Vaccination in Burma 1920-1933 - 1920-1933
Year: 1920
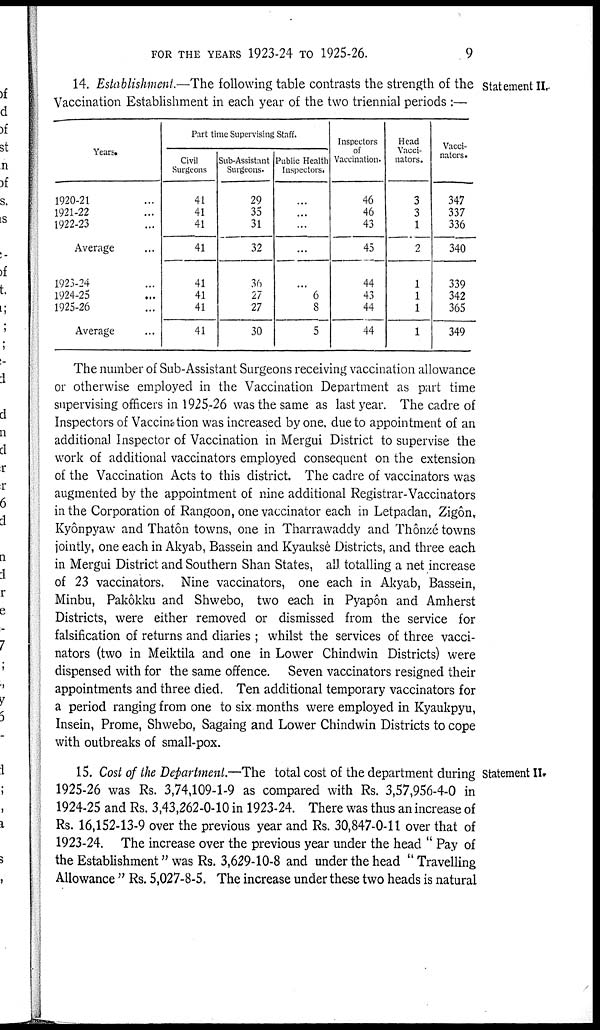
FOR THE YEARS 1923-24 TO 1925-26.
9
14. Establishment.—The following table contrasts the strength of the Statement II.
Vaccination Establishment in each year of the two triennial periods :—
Years.
1920-21...
1921-22...
1922-23...
Average...
1923-24...
1924-25...
1925-26...
Average...
Part time Supervising Staff.
Civil
Surgeons
41
41
41
41
41
41
41
41
Sub-Assistant
Surgeons.
29
35
31
32
36
27
27
30
Public Health
Inspectors.
...
...
...
...
...
6
8
5
Inspectors
of
Vaccination.
46
46
43
45
44
43
44
44
Head
Vacci-
nators.
3
3
1
2
1
1
1
1
Vacci-
nators.
347
337
336
340
339
342
365
349
The number of Sub-Assistant Surgeons receiving vaccination allowance
or otherwise employed in the Vaccination Department as part time
supervising officers in 1925-26 was the same as last year. The cadre of
Inspectors of Vaccination was increased by one. due to appointment of an
additional Inspector of Vaccination in Mergui District to supervise the
work of additional vaccinators employed consequent on the extension
of the Vaccination Acts to this district. The cadre of vaccinators was
augmented by the appointment of nine additional Registrar-Vaccinators
in the Corporation of Rangoon, one vaccinator each in Letpadan, Zigôn,
Kyônpyaw and Thatôn towns, one in Tharrawaddy and Thônze towns
jointly, one each in Akyab, Bassein and Kyauksè Districts, and three each
in Mergui District and Southern Shan States, all totalling a net increase
of 23 vaccinators. Nine vaccinators, one each in Akyab, Bassein,
Minbu, Pakôkku and Shwebo, two each in Pyapôn and Amherst
Districts, were either removed or dismissed from the service for
falsification of returns and diaries ; whilst the services of three vacci-
nators (two in Meiktila and one in Lower Chindwin Districts) were
dispensed with for the same offence. Seven vaccinators resigned their
appointments and three died. Ten additional temporary vaccinators for
a period ranging from one to six months were employed in Kyaukpyu,
Insein, Prome, Shwebo, Sagaing and Lower Chindwin Districts to cope
with outbreaks of small-pox.
Statement II.
15. Cost of the Department.—The total cost of the department during
1925-26 was Rs. 3,74,109-1-9 as compared with Rs. 3,57,956-4-0 in
1924-25 and Rs. 3,43,262-0-10 in 1923-24. There was thus an increase of
Rs. 16,152-13-9 over the previous year and Rs. 30,847-0-11 over that of
1923-24. The increase over the previous year under the head " Pay of
the Establishment" was Rs. 3,629-10-8 and under the head " Travelling
Allowance " Rs. 5,027-8-5. The increase under these two heads is natural